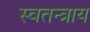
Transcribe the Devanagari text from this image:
स्वतन्त्राय